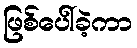
ဖြစ်ပေါ်ခဲ့ကာ